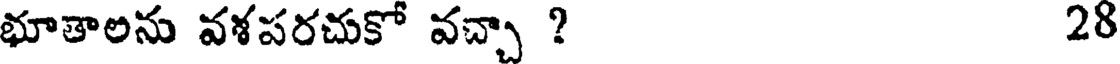
భూతాలను వశపరచుకో వచ్చా ? 28